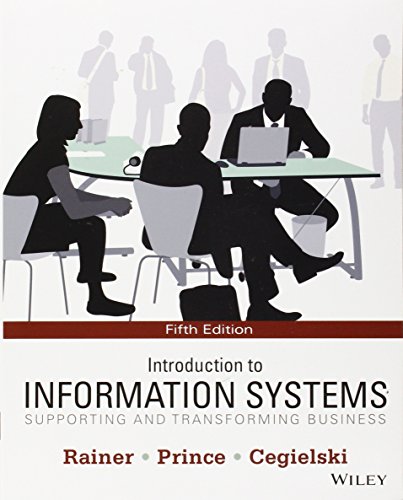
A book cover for Introduction to Information Systems: Supporting and Transforming Business; R. Kelly Rainer; Business & Money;